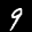
Label: 9